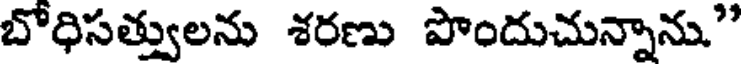
బోధిసత్వులను శరణు పొందుచున్నాను"